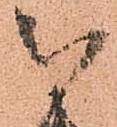
被